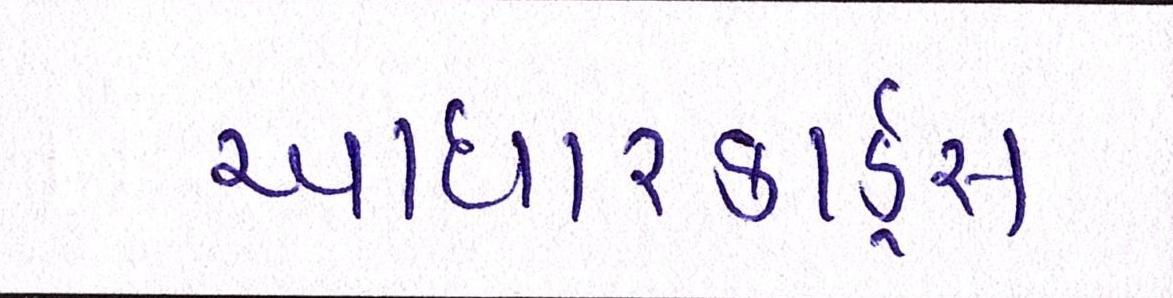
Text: આધારકાર્ડ્સ